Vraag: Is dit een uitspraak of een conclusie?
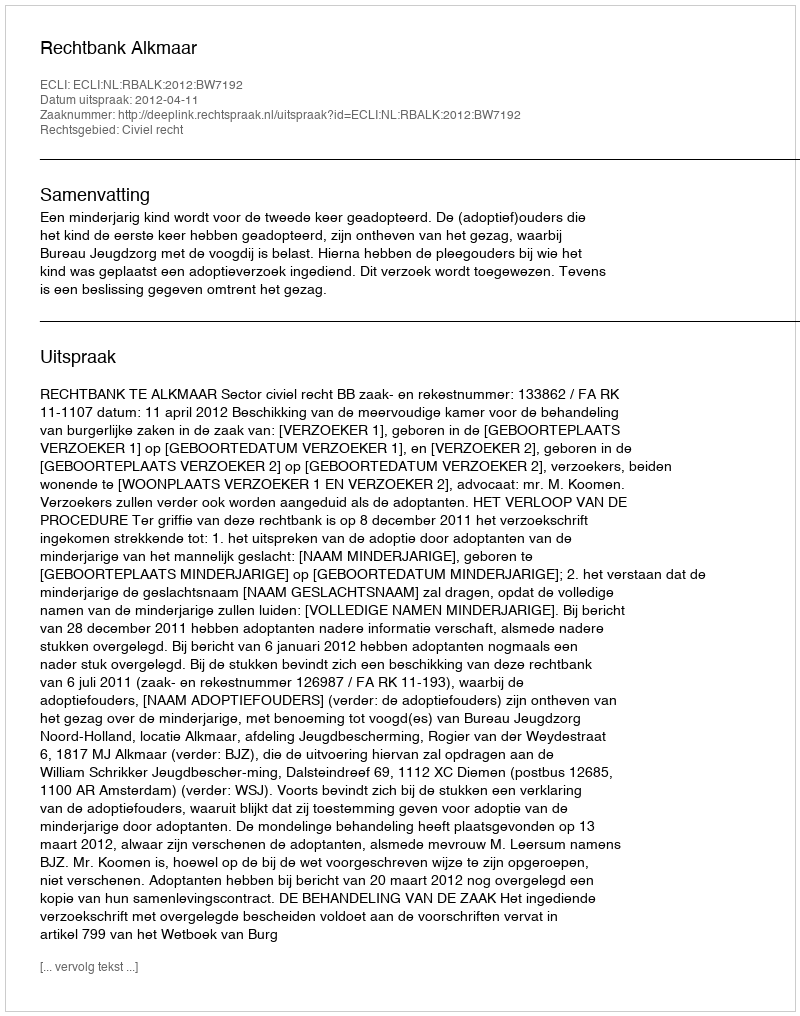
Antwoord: Uitspraak